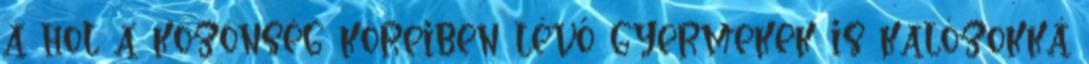
a hol a közönség köreiben lévő gyermekek is kalózokká